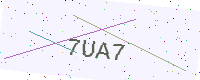
Text: 7UA7